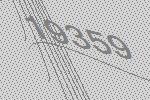
19359